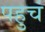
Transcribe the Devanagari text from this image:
पहुचं